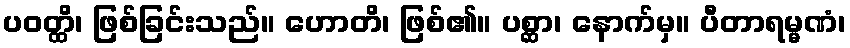
ပဝတ္ထိ၊ ဖြစ်ခြင်းသည်။ ဟောတိ၊ ဖြစ်၏။ ပစ္ဆာ၊ နောက်မှ။ ပီတာရမ္မဏံ၊